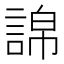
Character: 䛲